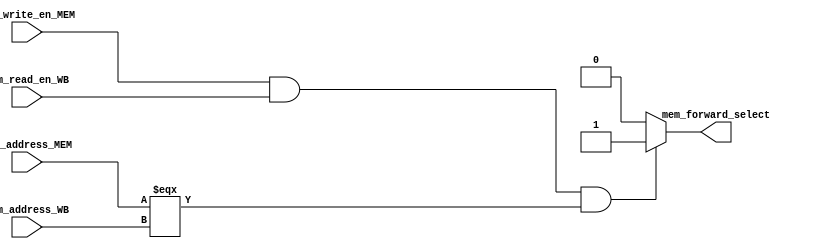
module Mem_forward_unit(
    // inputs
    mem_write_en_MEM,
    mem_address_MEM,
    mem_read_en_WB,
    mem_address_WB,
    // outputs
    mem_forward_select
);

input mem_write_en_MEM, mem_read_en_WB;
input [4:0] mem_address_MEM, mem_address_WB;

output reg mem_forward_select;

always @ (*)
begin
    if (mem_write_en_MEM && mem_read_en_WB && (mem_address_MEM === mem_address_WB))
        mem_forward_select = 1'b1;
    else
        mem_forward_select = 1'b0;
end
    

endmodule